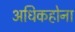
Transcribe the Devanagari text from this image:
अधिकहोना